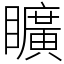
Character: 矌